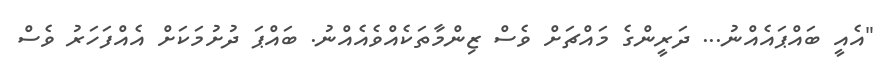
"އެއީ ބައްޕައެއްނު... ދަރީންގެ މައްޗަށް ވެސް ޒިންމާތަކެއްވެއެއްނު. ބައްޕަ ދުށުމަކަށް އެއްފަހަރު ވެސް